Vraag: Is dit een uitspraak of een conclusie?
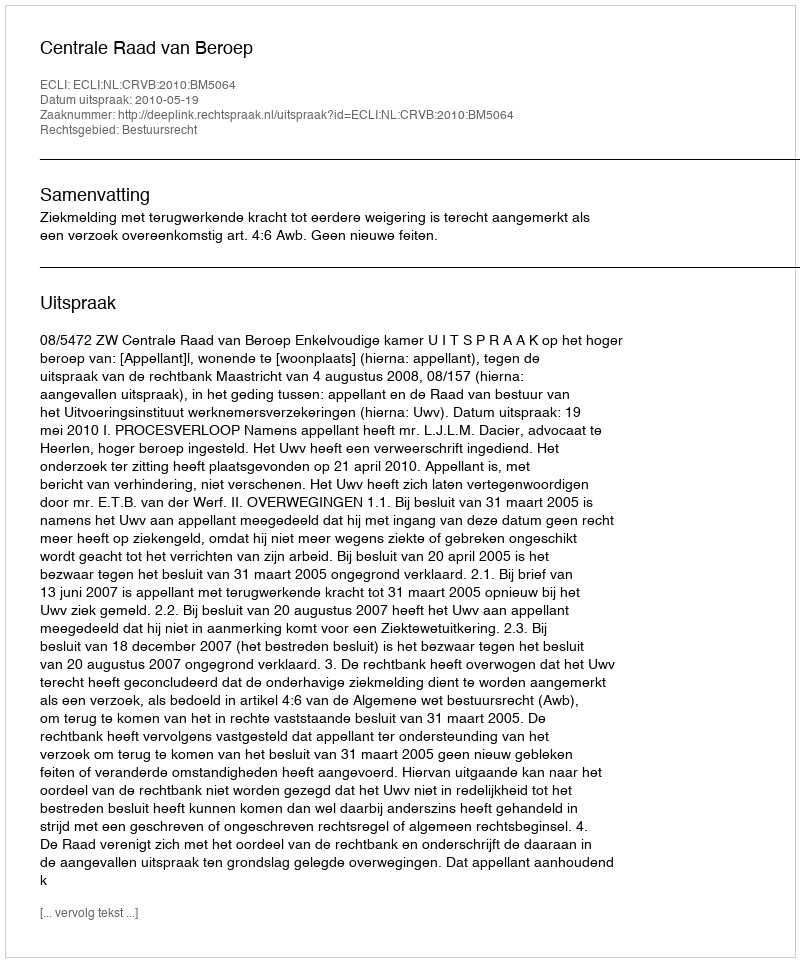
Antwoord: Uitspraak